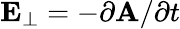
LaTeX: \mathbf{E_{\perp}}=-\partial\mathbf{A}/\partial t